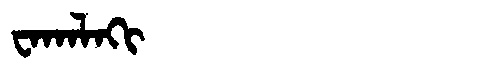
Manchu: ᠸᠠᡴᠠᠯᠠᡴᡳ
Romanization: WAKALAKI